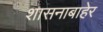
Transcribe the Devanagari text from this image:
शासनाबाहेर